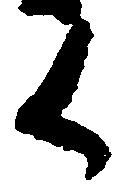
く